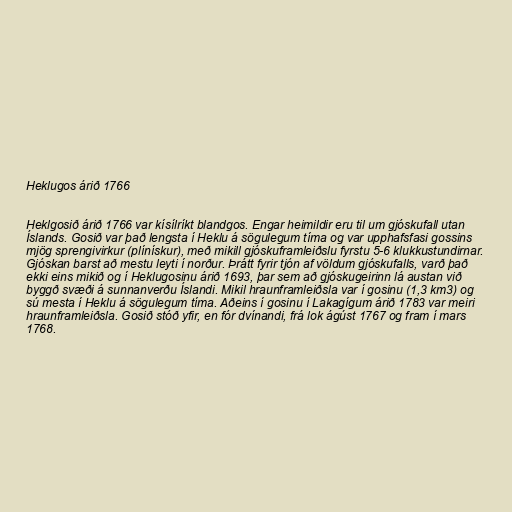
Heklugos árið 1766

Heklgosið árið 1766 var kísílríkt blandgos. Engar heimildir eru til um gjóskufall utan
Íslands. Gosið var það lengsta í Heklu á sögulegum tíma og var upphafsfasi gossins
mjög sprengivirkur (plínískur), með mikill gjóskuframleiðslu fyrstu 5-6 klukkustundirnar.
Gjóskan barst að mestu leyti í norður. Þrátt fyrir tjón af völdum gjóskufalls, varð það
ekki eins mikið og í Heklugosinu árið 1693, þar sem að gjóskugeirinn lá austan við
byggð svæði á sunnanverðu Íslandi. Mikil hraunframleiðsla var í gosinu (1,3 km3) og
sú mesta í Heklu á sögulegum tíma. Aðeins í gosinu í Lakagígum árið 1783 var meiri
hraunframleiðsla. Gosið stóð yfir, en fór dvínandi, frá lok ágúst 1767 og fram í mars
1768.